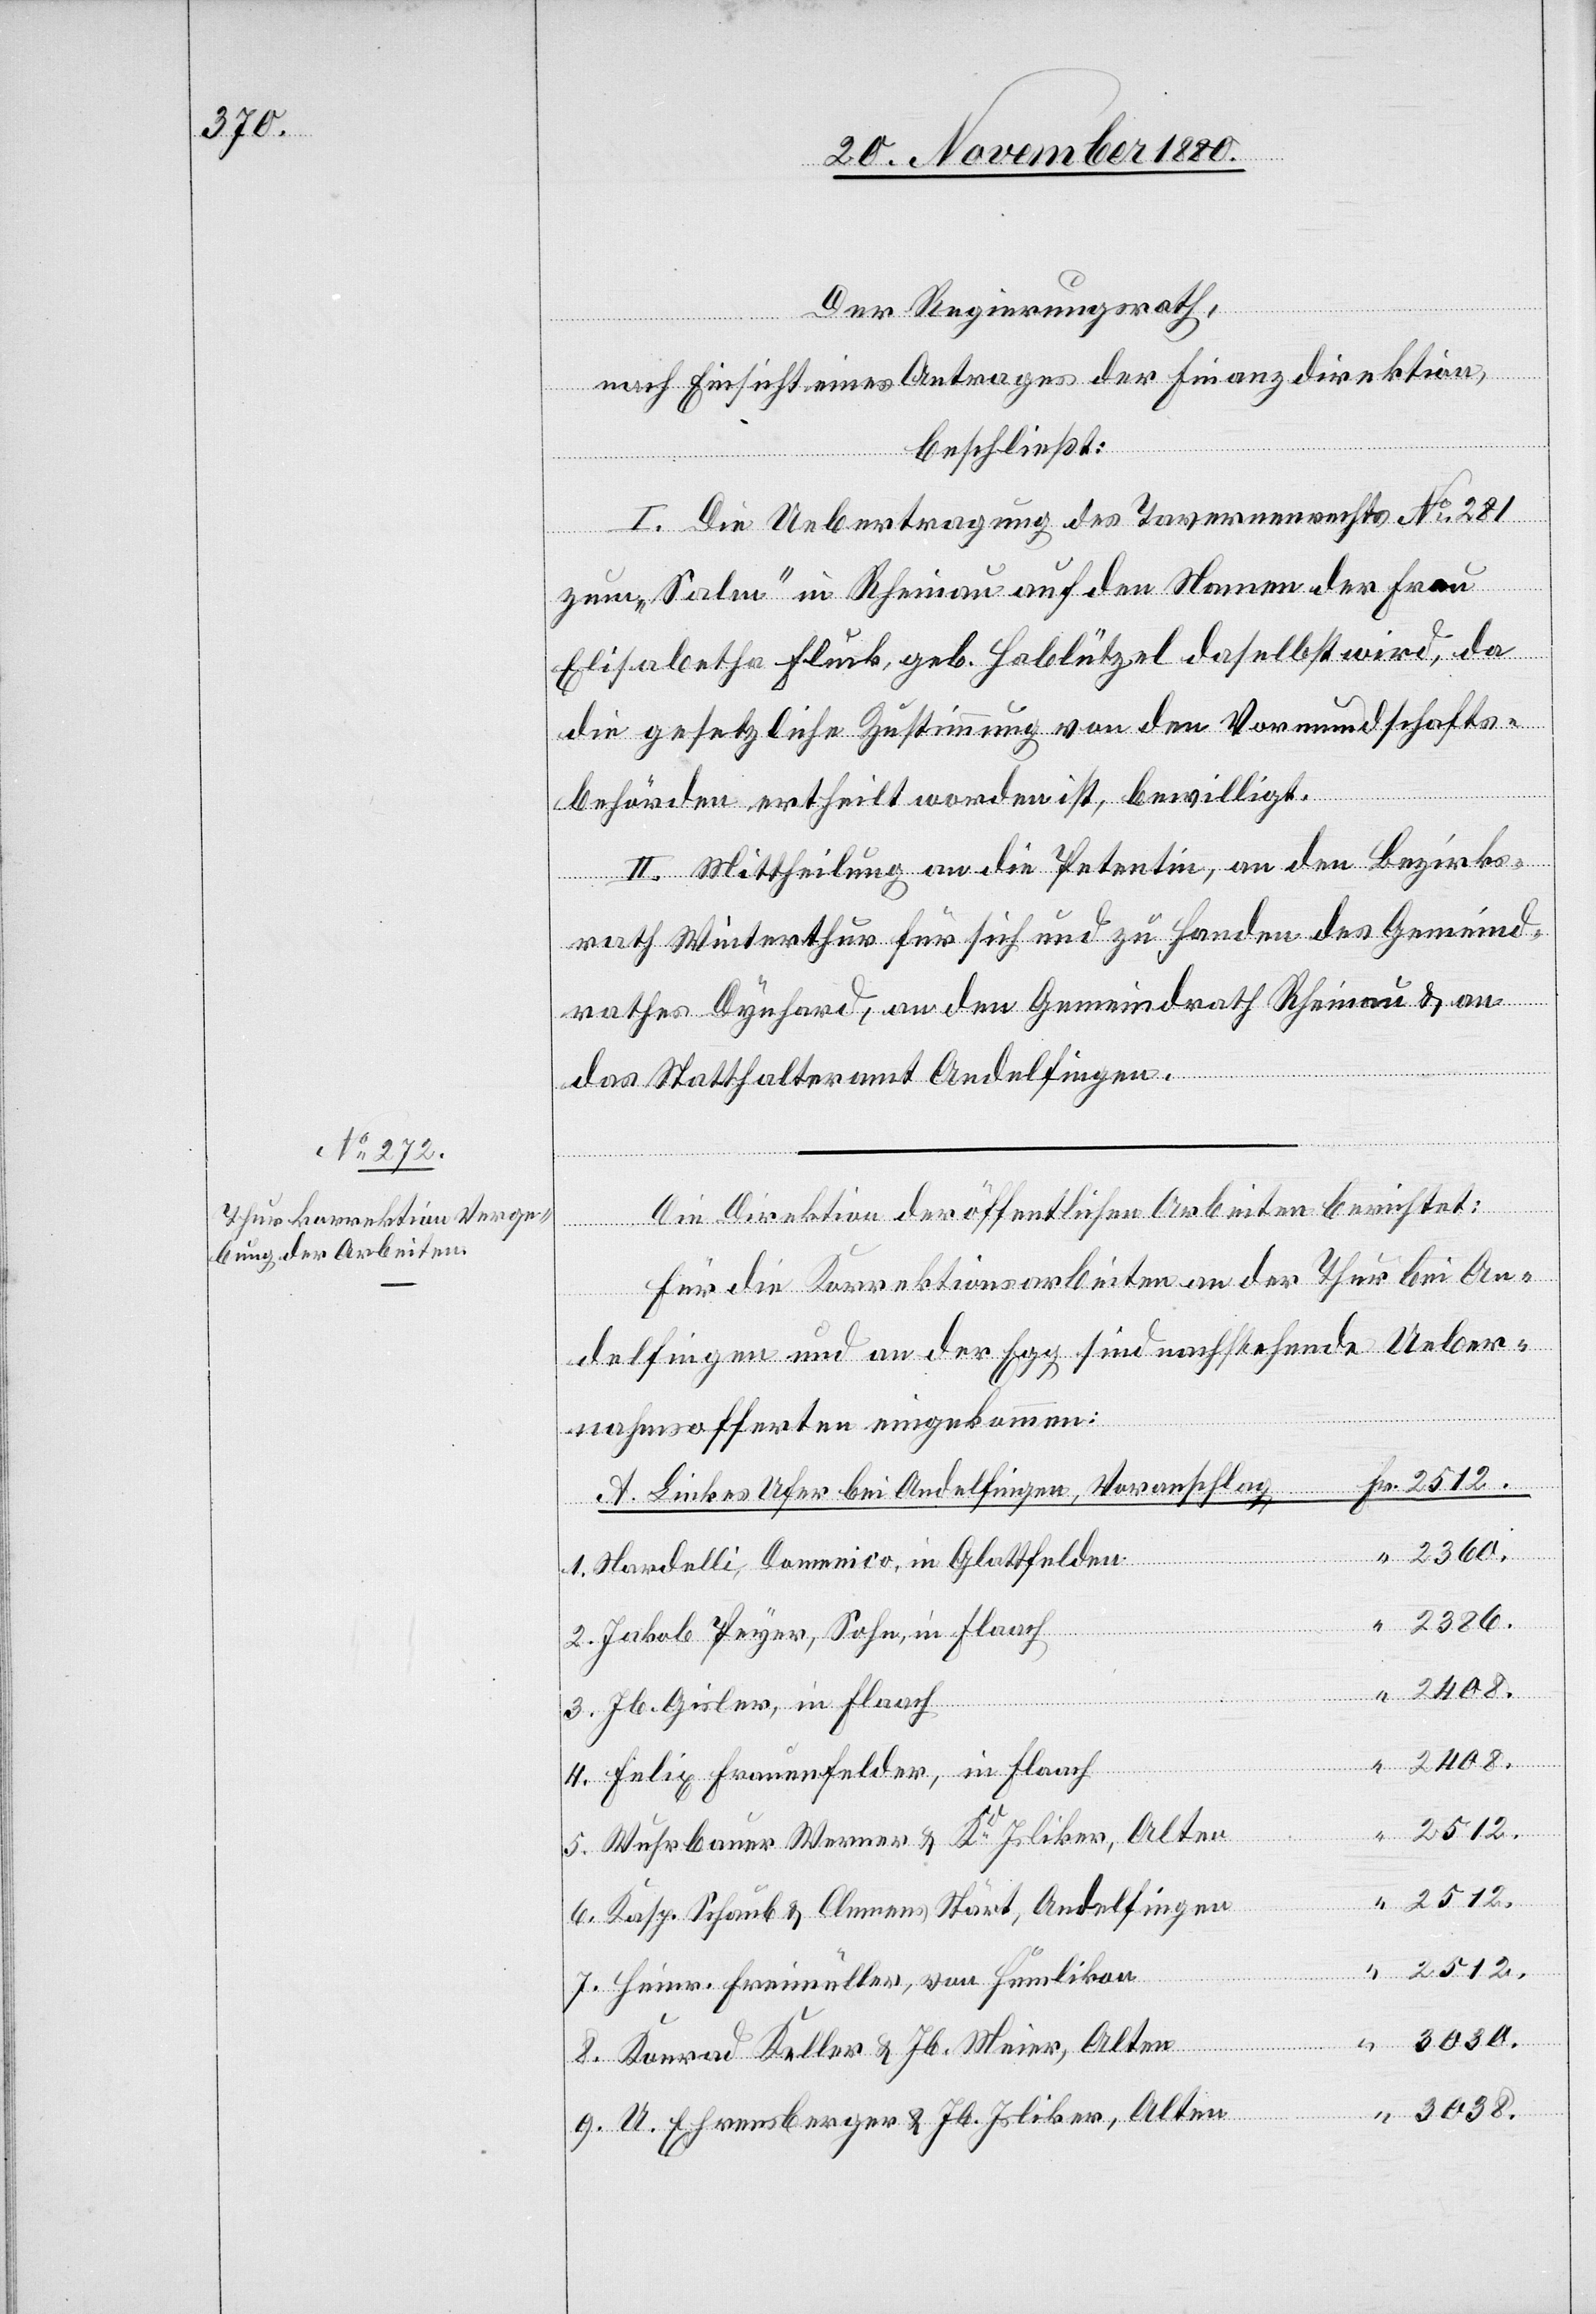
Der Regierungsrath,
nach Einsicht eines Antrages der Finanzdirektion,
“
beschließt:
I. Die Uebertragung des Tavernenrechts No 281
zum „Salm“ in Rheinau auf den Namen der Frau
Elisabetha Fluck, geb. Hablützel daselbst wird, da
die gesetzliche Zustimmung von den Vormundschafts¬
behörden ertheilt worden ist, bewilligt.
II. Mittheilung an die Petentin, an den Bezirks¬
rath Winterthur für sich und zu Handen des Gemeind¬
rathes Dynhard, an den Gemeindrath Rheinau & an
Fr.
das Statthalteramt Andelfingen.
Die Direktion der öffentlichen Arbeiten berichtet:
Für die Korrektionsarbeiten an der Thur bei An¬
delfingen und an der Egg sind nachstehende Ueber¬
nahmsofferten eingekommen:
A. Linkes Ufer bei Andelfingen, Voranschlag
Nardelli, Domenico, in Glattfelden
2386.
Jakob Peyer, Sohn, in Flaach
3.
Jb. Gisler, in Flaach
2408.
4.
Felix Frauenfelder, in Flaach
2512.
7.
Wuhrbauer Werner & Kd Isliker, Alten
2512.
6.
Kasp. Schaub & Clemens Stärt, Andelfingen
Heinr. Freimüller, von Humlikon
8.
Konrad Keller & Jb. Meier, Alten
3038.
U. Ehrensberger & Jb. Isliker, Alten